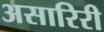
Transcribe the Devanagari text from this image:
असारिरी